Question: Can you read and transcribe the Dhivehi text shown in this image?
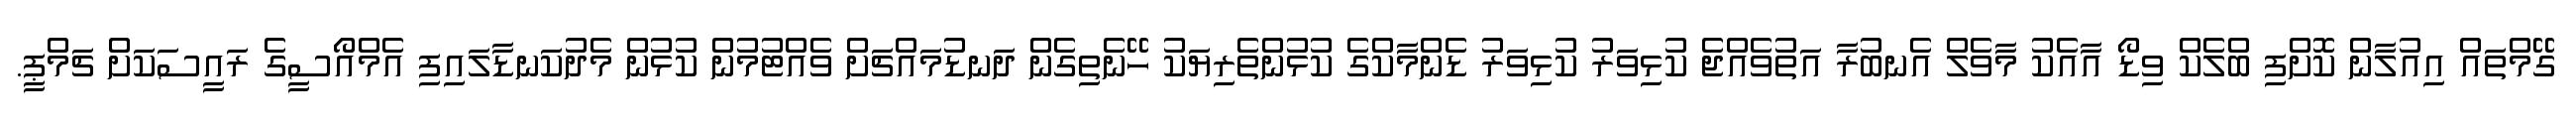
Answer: ގޭމްތައް އިއުލާން ކޮށްފި ބްލެކް ވިޑޯ އާއެކު މާވެލް އެނބުރާ އަތުވެއްޖެ ކުޅިވަރު ކުޅިވަރު ޑެންމާކްގެ ކުޅުންތެރިޔަކު ހޭނެތިގެން ދަނޑުމައްޗަށް ވެއްޓުމުން ކުޅުން މެދުކަނޑާލައިފި އެމްއޯސީގެ ރައީސަކަށް ޗަމްޕީ.